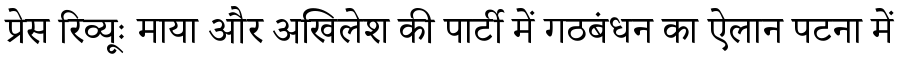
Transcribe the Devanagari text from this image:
प्रेस रिव्यूः माया और अखिलेश की पार्टी में गठबंधन का ऐलान पटना में